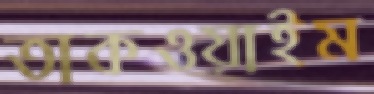
তাকওয়াইম